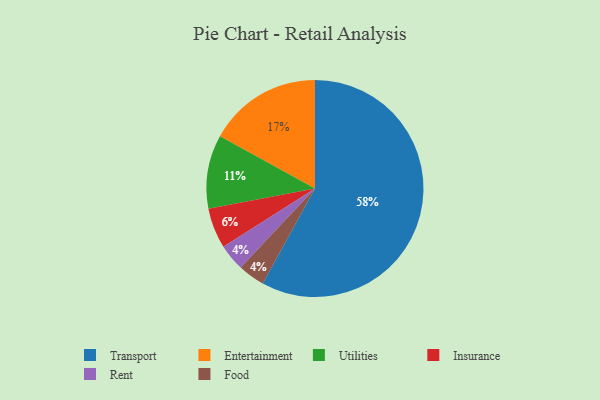
{"axis": {"x": "Category", "y": "Percentage"}, "legend": ["Entertainment", "Food", "Insurance", "Rent", "Transport", "Utilities"], "data": [{"x": "Insurance", "y": 6, "type": "Insurance"}, {"x": "Entertainment", "y": 17, "type": "Entertainment"}, {"x": "Rent", "y": 4, "type": "Rent"}, {"x": "Utilities", "y": 11, "type": "Utilities"}, {"x": "Food", "y": 4, "type": "Food"}, {"x": "Transport", "y": 58, "type": "Transport"}]}